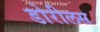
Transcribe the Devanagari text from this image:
डोरीलस